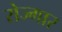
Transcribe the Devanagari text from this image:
रोज्गार